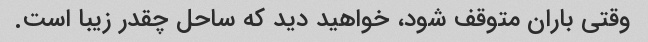
وقتی باران متوقف شود، خواهید دید که ساحل چقدر زیبا است.